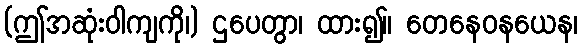
(ဤအဆုံးဝါကျကို၊) ဌပေတွာ၊ ထား၍။ တေနေဝနယေန၊